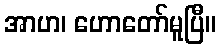
အာဟ၊ ဟောတော်မူပြီ။